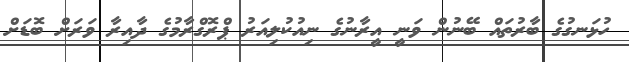
ހުޅަނގުގެ ބާރުތައް ބޭނުން ވަނީ އީރާނުގެ ނިއުކުލިއަރު ޕްރޮގްރާމުގެ ދާއިރާ ވަރަށް ބޮޑަށް